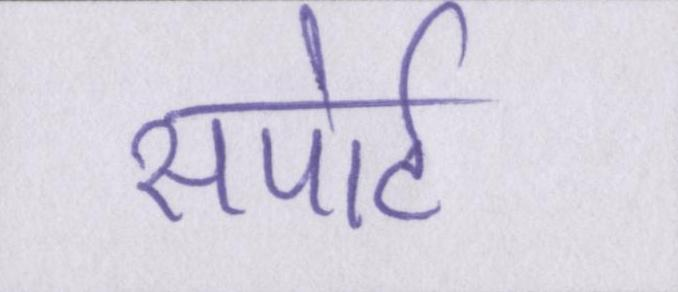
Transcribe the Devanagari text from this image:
सपोर्ट